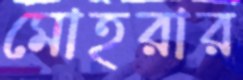
মোহরার